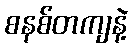
စနစ်တကျနဲ့